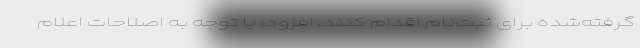
گرفته‌شده برای ثبت‌نام اقدام کنند، افزود: با توجه به اصلاحات اعلام